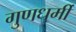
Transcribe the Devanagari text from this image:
गुणधर्मी